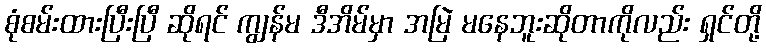
စုံစမ်းထားပြီးပြီ ဆိုရင် ကျွန်မ ဒီအိမ်မှာ အမြဲ မနေဘူးဆိုတာကိုလည်း ရှင်တို့